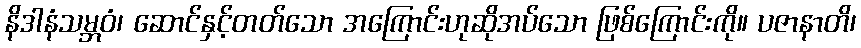
နိဒါနံသမ္ဘဝံ၊ ဆောင်နှင့်တတ်သော အကြောင်းဟုဆိုအပ်သော ဖြစ်ကြောင်းကို။ ပဇာနာတိ၊